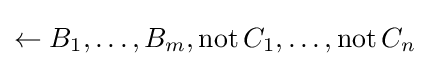
\leftarrow B_{1},\dots ,B_{m},\operatorname {not} C_{1},\dots ,\operatorname {not} C_{n}